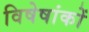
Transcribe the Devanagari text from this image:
विषेषांकों